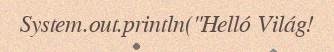
System.out.println("Helló Világ!